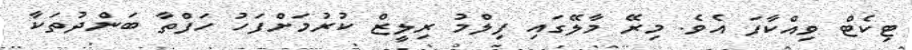
ޓިކެޓް ވިއްކާފަ އެވެ. މިރޭ މާލޭގައި ފިލްމު ރިލީޒް ކުރުމަށްފަހު ހަފްތާ ބަންދުތަކާ